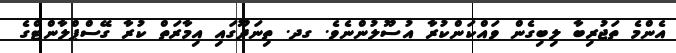
އެންމެ ތަޖުރިބާ ލިބިގެން ވައްކަންކުުރާ އުސޫލުންނެވެ. ގދ. ތިނަދޫގައި އިމާރަތް ކުރާ ގޭސްޕްލާންޓްގެ